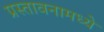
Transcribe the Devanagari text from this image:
प्रस्तावनामध्ये